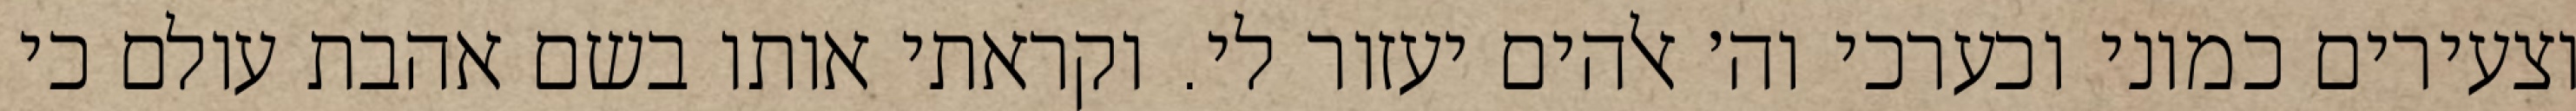
וצעירים כמוני וכערכי וה׳ אלהים יעזור לי. וקראתי אותו בשם אהבת עולם כי